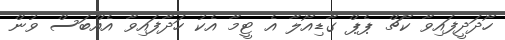
ހޯދަދީފައިވާ ކޯޗް ޕެޕް ގާޑިއޯލާ އެ ޓީމާ އެކު ހަދާފައިވާ އެއްބަސް ވުން